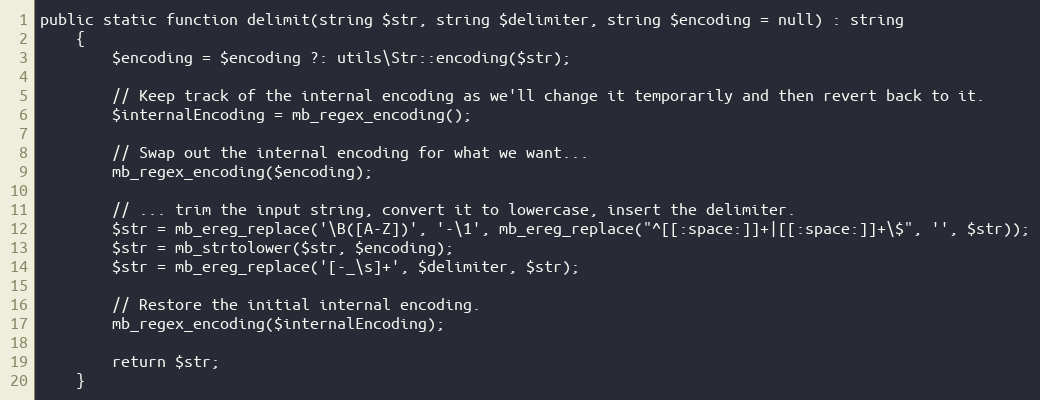
Language: PHP
public static function delimit(string $str, string $delimiter, string $encoding = null) : string
    {
        $encoding = $encoding ?: utils\Str::encoding($str);

        // Keep track of the internal encoding as we'll change it temporarily and then revert back to it.
        $internalEncoding = mb_regex_encoding();

        // Swap out the internal encoding for what we want...
        mb_regex_encoding($encoding);

        // ... trim the input string, convert it to lowercase, insert the delimiter.
        $str = mb_ereg_replace('\B([A-Z])', '-\1', mb_ereg_replace("^[[:space:]]+|[[:space:]]+\$", '', $str));
        $str = mb_strtolower($str, $encoding);
        $str = mb_ereg_replace('[-_\s]+', $delimiter, $str);

        // Restore the initial internal encoding.
        mb_regex_encoding($internalEncoding);

        return $str;
    }